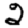
Digit: 2